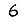
Digit: 6